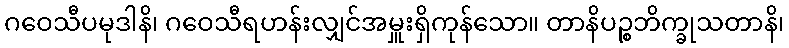
ဂဝေသီပမုဒါနိ၊ ဂဝေသီရဟန်းလျှင်အမှူးရှိကုန်သော။ တာနိပဉ္စဘိက္ခုသတာနိ၊